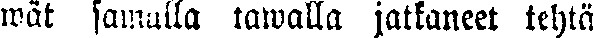
wät samalla tawalla jatkaneet tehtä